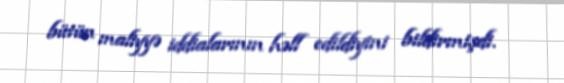
bütün maliyyə iddialarının həll edildiyini bildirmişdi.